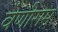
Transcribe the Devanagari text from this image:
वेणीराम